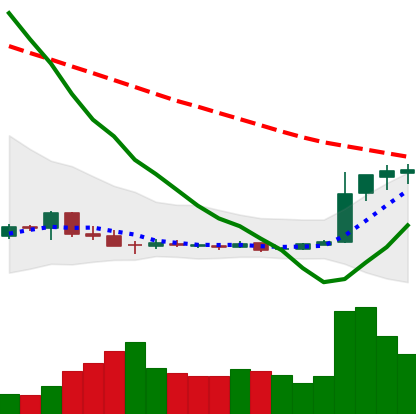
Ticker: DOGE-USD
Chart end date: 2018-12-20
Forward return: -11.974%
Label: down_7plus